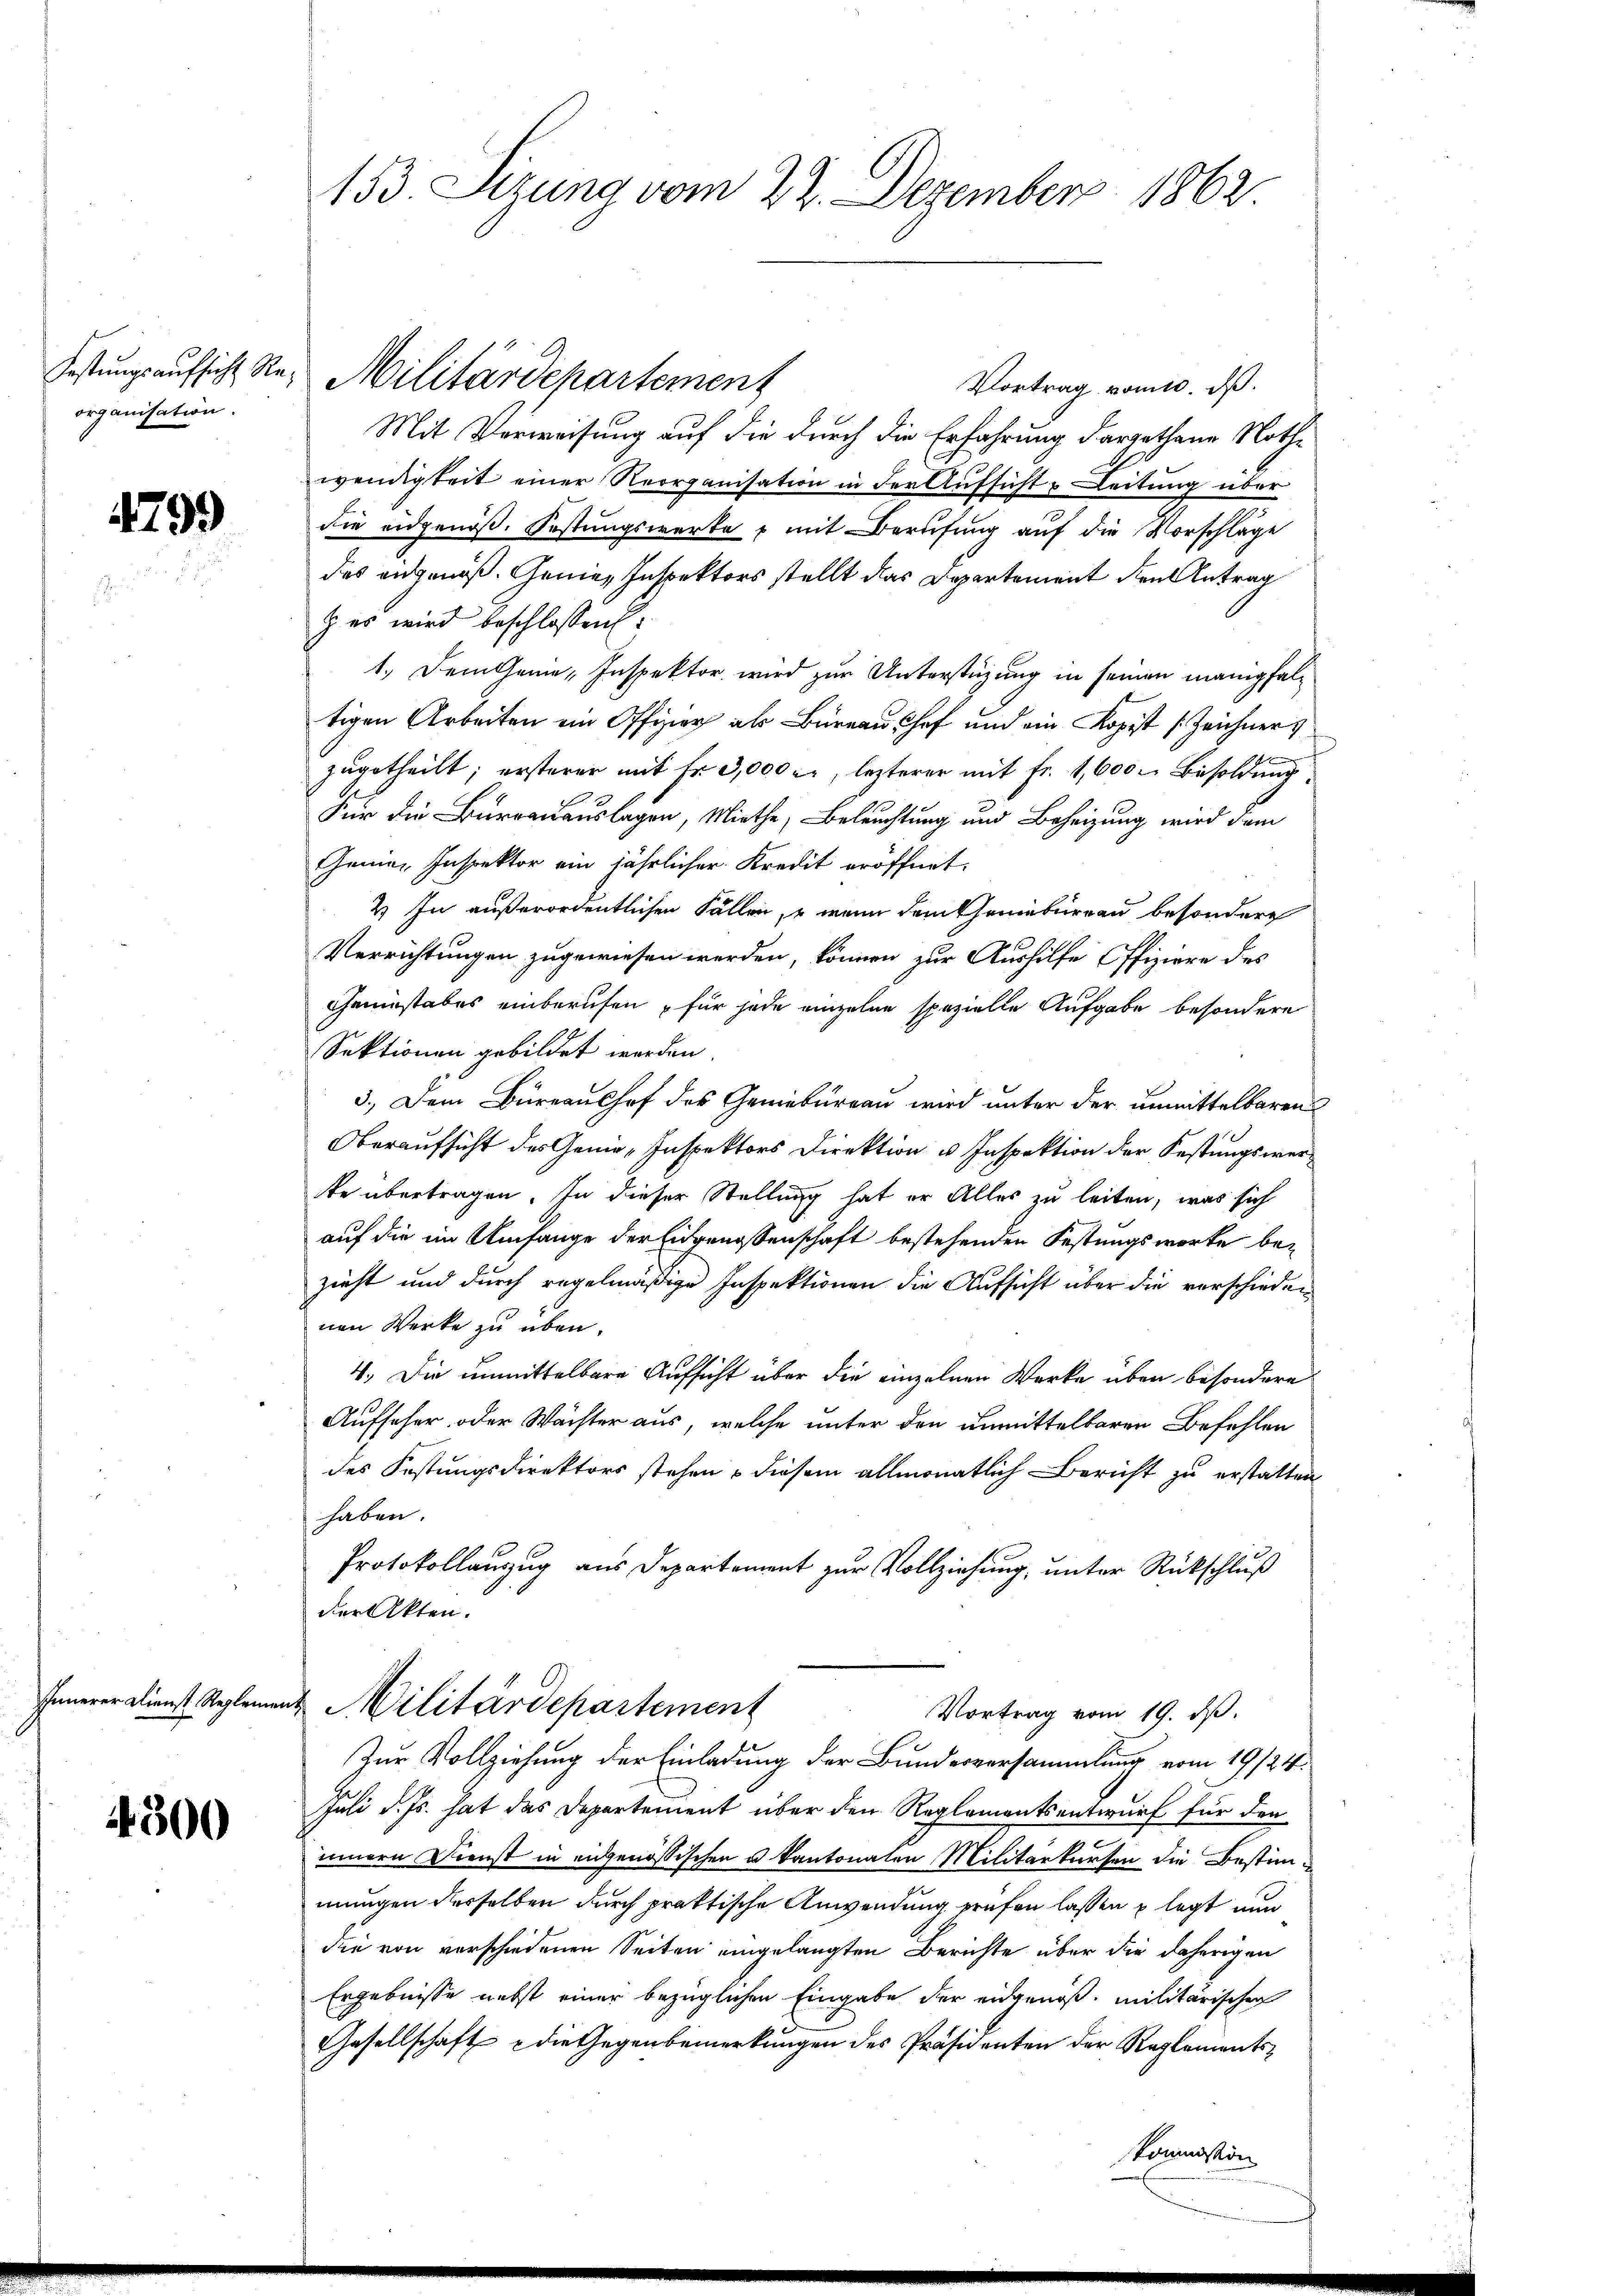
organisation.

4799

4300

Vortrag vom 10. ds.
Mit Verweisung auf die durch die Erfahrung dargethane Nothwendigkeit einer Reorganisation in der Aufsicht Leitung über
die eidgenöß. Festungswerke - mit Berufung auf die Vorschläge
das angenoß. Genie Inspektors stellt das Departement den Antrag
z es wird beschlossen:
1.) Dem Genie, Inspektor wird zur Unterstüzung in seinen manigfaltigen Arbeiten ein Offizier als Büreaushof und ein Kopist (Zeichner
zugetheilt; ersterer mit Fr. 3,000 l., lezterer mit Fr. 1,600 Besoldung
Für die Burrausauslagen, Miethe, Beleuchtung und Beheizung wird dem
Gemein Inspektor ein jährlicher Kredit eröffnet.
2) In außerordentlichen Fällen, u wenn dem Geniebureau besondere
Verrichtungen zugewiesen werden, können zur Aushilfe Offiziere des
Geuestabes einberufen für jede einzelne spezielle Aufgabe besondere
Sektionen gebildet werden.
3.) Dem Büreaushof des Geniebureau wird unter der unmittelbaren
Oberaufsicht des Genie, Inspektors Direktion u Inspektion der Festungswerste übertragen. In dieser Stellung hat er Alles zu leiten, was sich
auf die im Umfange der Eidgenossenschaft bestehenden Festungsworte bezieht und durch regelmäßige Inspektionen die Aufsicht über die verschieden
nen Werke zu üben.
4. Die unmittelbare Aufsicht über die einzelnen Werke über besondere
Aufseher oder Wächter aus, welche unter den unmittelbaren Befehlen
des Festungsdirektors stehen – diesem allmonatlich Bericht zu erstatten
haben.
Protokollanzug aus Departement zur Vollziehung, unter Rückschluß
der Akten.
Innerer Dienst. Reglement Militärdepartement
Vortrag vom 19. ds.
Zur Vollziehung der Einladung der Bundesversammlung vom 19/24.
Juli d. Js. hat das Departement über den Reglementsentwurf für den
innern Dienst in eidgenössischen u. kantonalen Militarkursen die Bestimmungen derselben durch praktische Anwendung prüfen lassen u legt nun
die von verschiedenen Seiten eingelangten Berichte über die daherigen
Ergebnisse nebst einer bezüglichen Eingabe der eidgenöß, militärischen
Gesellschaft - die Gegenbemerkungen des Präsidenten der Reglementskommission

153. Sizung vom 22. Dezember 1862

Festungsaufsicht Re- Militärdepartement